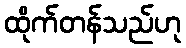
ထိုက်တန်သည်ဟု